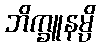
ဘိက္ခူနမ္ပိ